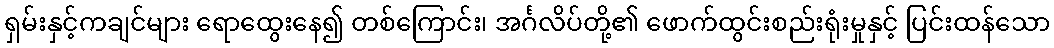
ရှမ်းနှင့်ကချင်များ ရောထွေးနေ၍ တစ်ကြောင်း၊ အင်္ဂလိပ်တို့၏ ဖောက်ထွင်းစည်းရုံးမှုနှင့် ပြင်းထန်သော